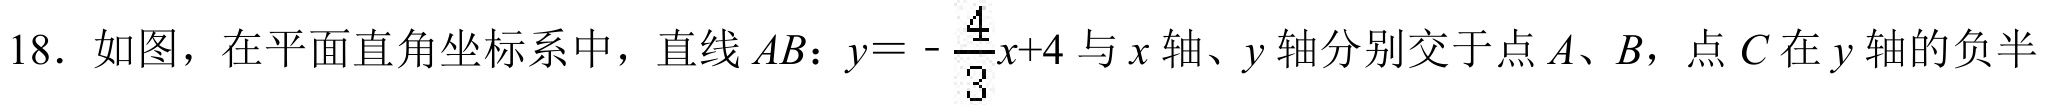
：\(y = -\dfrac{4}{3}x + 4\)与\(x\)轴、\(y\)轴分别交于点\(A\)、\(B\)，点\(C\)在\(y\)轴的负半